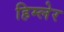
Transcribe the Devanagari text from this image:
हिम्लेर